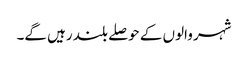
شہر والوں کے حوصلے بلند رہیں گے۔